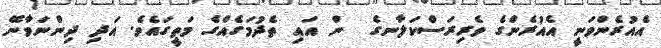
އެއުރެންވަނީ އެއުރެންގެ ވެރިރަސްކަލާނގެ  ން އައި ތެދުމަގެއްގެ މަތީގައެވެ. އަދި ދިންނަވާނޭ